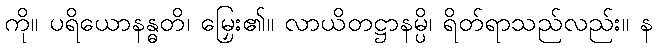
ကို။ ပရိယောနန္ဓတိ၊ မြှေး၏။ လာယိတဋ္ဌာနမ္ပိ၊ ရိတ်ရာသည်လည်း။ န